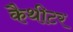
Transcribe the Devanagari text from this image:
कैथीटर